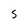
Character: S